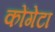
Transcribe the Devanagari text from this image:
कोंगेटा